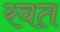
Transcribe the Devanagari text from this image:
रवत